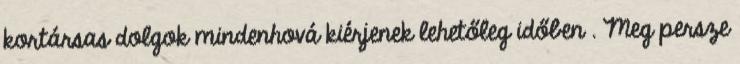
kortársas dolgok mindenhová kiérjenek lehetőleg időben . Meg persze